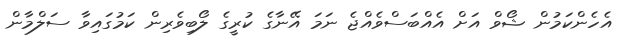
އެހެންކަމުން ޝޯވް އަށް އެއްބަސްވެއްޖެ ނަމަ އޭނާގެ ކުރީގެ ލޯބިވެރިން ކަމުގައިވާ ސަލްމާން